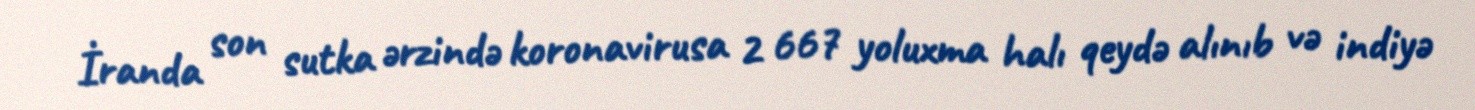
İranda son sutka ərzində koronavirusa 2 667 yoluxma halı qeydə alınıb və indiyə